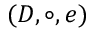
( D , \circ , e )